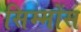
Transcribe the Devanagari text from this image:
सिम्मोंस